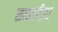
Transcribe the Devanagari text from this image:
साइलीज़ा